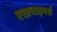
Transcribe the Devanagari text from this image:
एस्क़्वाइयर्स